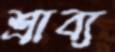
শ্রাব্য